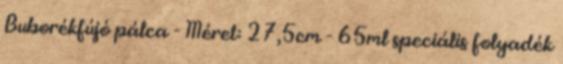
Buborékfújó pálca - Méret: 27,5cm - 65ml speciális folyadék